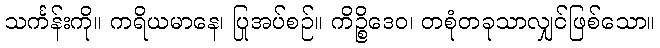
သင်္ကန်းကို။ ကရိယမာနေ၊ ပြုအပ်စဉ်။ ကိဉ္စိဒေဝ၊ တစုံတခုသာလျှင်ဖြစ်သော။